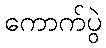
ကောက်ပွဲ